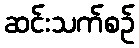
ဆင်းသက်စဉ်